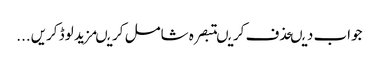
جواب دیںحذف کریںتبصرہ شامل کریںمزید لوڈ کریں...